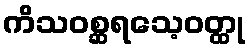
ကိသဝစ္ဆရသေ့ဝတ္ထု